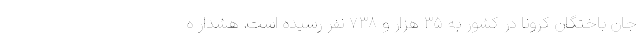
جان باختگان کرونا در کشور به ۳۵ هزار و ۷۳۸ نفر رسیده است. هشدار ه